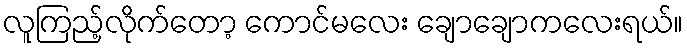
လူကြည့်လိုက်တော့ ကောင်မလေး ချောချောကလေးရယ်။